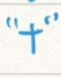
"+"